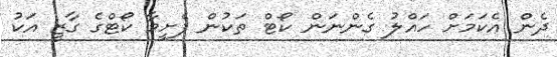
ދެން އެކަމަށް ހައްލު ގެންނަން ކޯޓް ތަކުން ފެށީމާ ކޯޓްގެ ގާޒީ އަކު